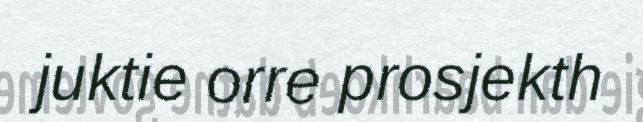
juktie orre prosjekth